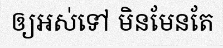
ឲ្យអស់ទៅ មិនមែនតែ